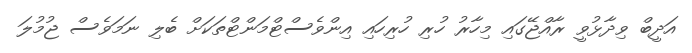
އަދީބް ވިދާޅުވީ ރާއްޖޭގައި މިހާރު ހުރި ހުރިހައި އިންވެސްޓްމަންޓްތަކަށް ބެލި ނަމަވެސް ޖުމުލަ